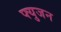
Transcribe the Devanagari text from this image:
फ्युजन